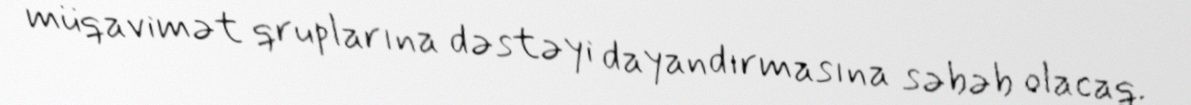
müqavimət qruplarına dəstəyi dayandırmasına səbəb olacaq.